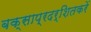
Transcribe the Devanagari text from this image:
बक्साप्रदर्शितकरें